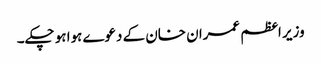
وزیر اعظم عمران خان کے دعوے ہوا ہو چکے۔